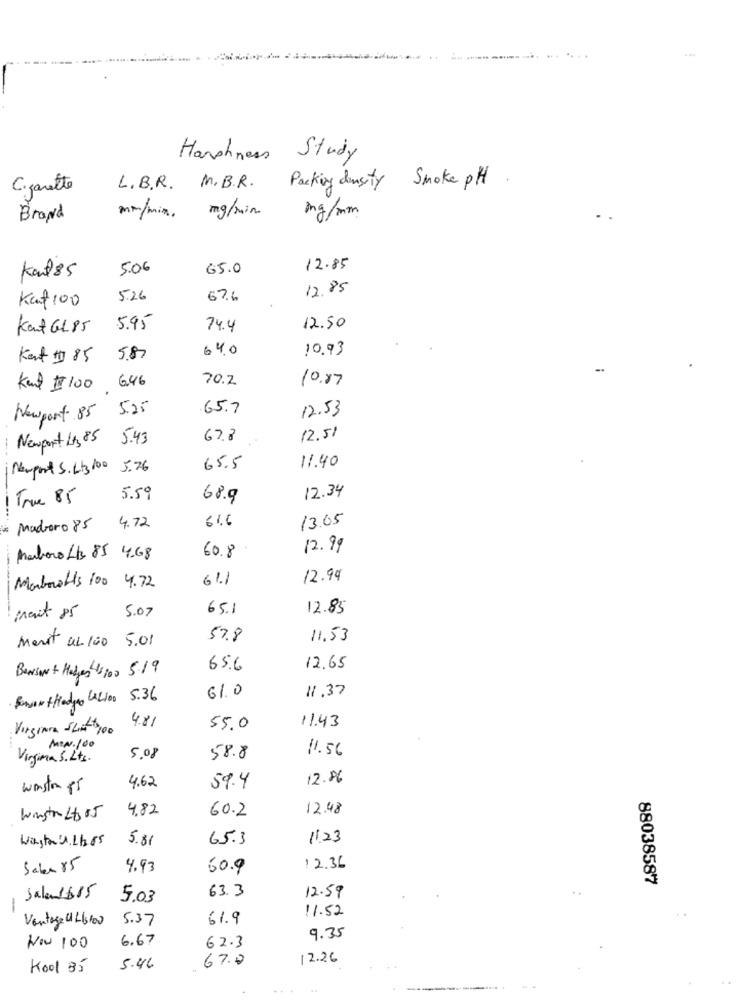
Harshness Study
Smoke pH
Cigarette
L.B.R. M.B.R. Packing density
mm/min. mg/min.
Brand
mg/mm
Karl85
5.06
65.0
12.85
12.85
Kat100
5.26
67.6
Kent GL 85
5.95
74.4
12.50
64.0
10.93
Kent # 85
5,87
70.2
10.87
Kent #100 6.46
Newport 85 5.25
65.7
12.53
Newport Lt, 85
5.43
67.8
12.51
Newport S. Lt3100 5.76
65.5
11.40
! True 85
5.59
68.9
12.34
61.6
13.05
Madoro 85
4.72
12.99
Marboro Lt3 85 4.68
60.8
61.1
12.94
Marbrotts 100 4.72
5.07
65.1
12.85
ment 85
57.8
11.53
Marit UL 100 5.01
BENSON + Hodges $10 0 5.19
656
12.65
11.37
SerontHadgo CAL100 5.36
61.0
4.81
11.43
Virginia -List 100
55,0
...
MIN.100
11.56
Virginia S. Lts.
5.08
58.8
12.86
winston 85
4.62
59.4
4.82
60.2
12.48
Winstro Lt3 05
Wasta'd, Lb 85
5.81
65.3
11.23
Saba 85
4.93
60.9
12.36
88038587
63.3
12.59
..
Saland$15
5.03
-
11.52
Vantage 146100
5.37
61.9
9.35
6.67
Nov 100
62.3
67.0
12.26
Kool 85
5.46